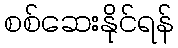
စစ်ဆေးနိုင်ရန်